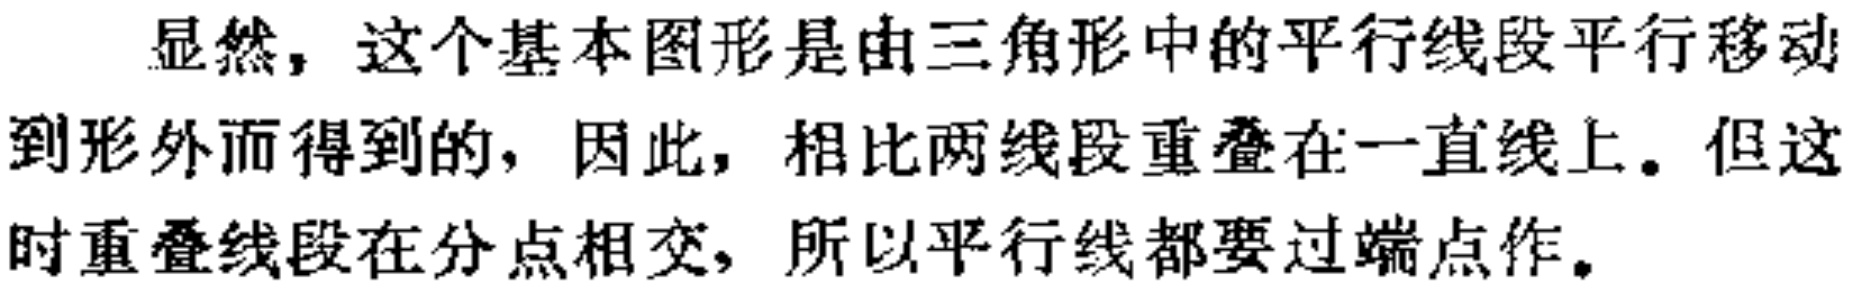
显然，这个基本图形是由三角形中的平行线段平行移动到形外而得到的，因此，相比两线段重叠在一直线上。但这时重叠线段在分点相交，所以平行线都要过端点作。